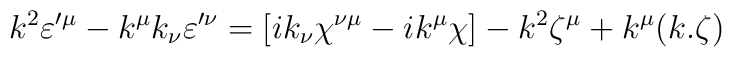
k^2\varepsilon'^\mu -  k^\mu k_\nu\varepsilon'^\nu =  [ik_\nu \chi^{\nu \mu} -ik^\mu \chi ] -k^2 \zeta^\mu + k^\mu (k.\zeta)